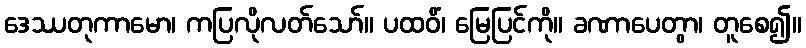
ဒေဿတုကာမော၊ ကပြလိုလတ်သော်။ ပထဝိံ၊ မြေပြင်ကို။ ခဏာပေတွာ၊ တူစေ၍။